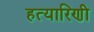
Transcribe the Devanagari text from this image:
हत्यारिणी